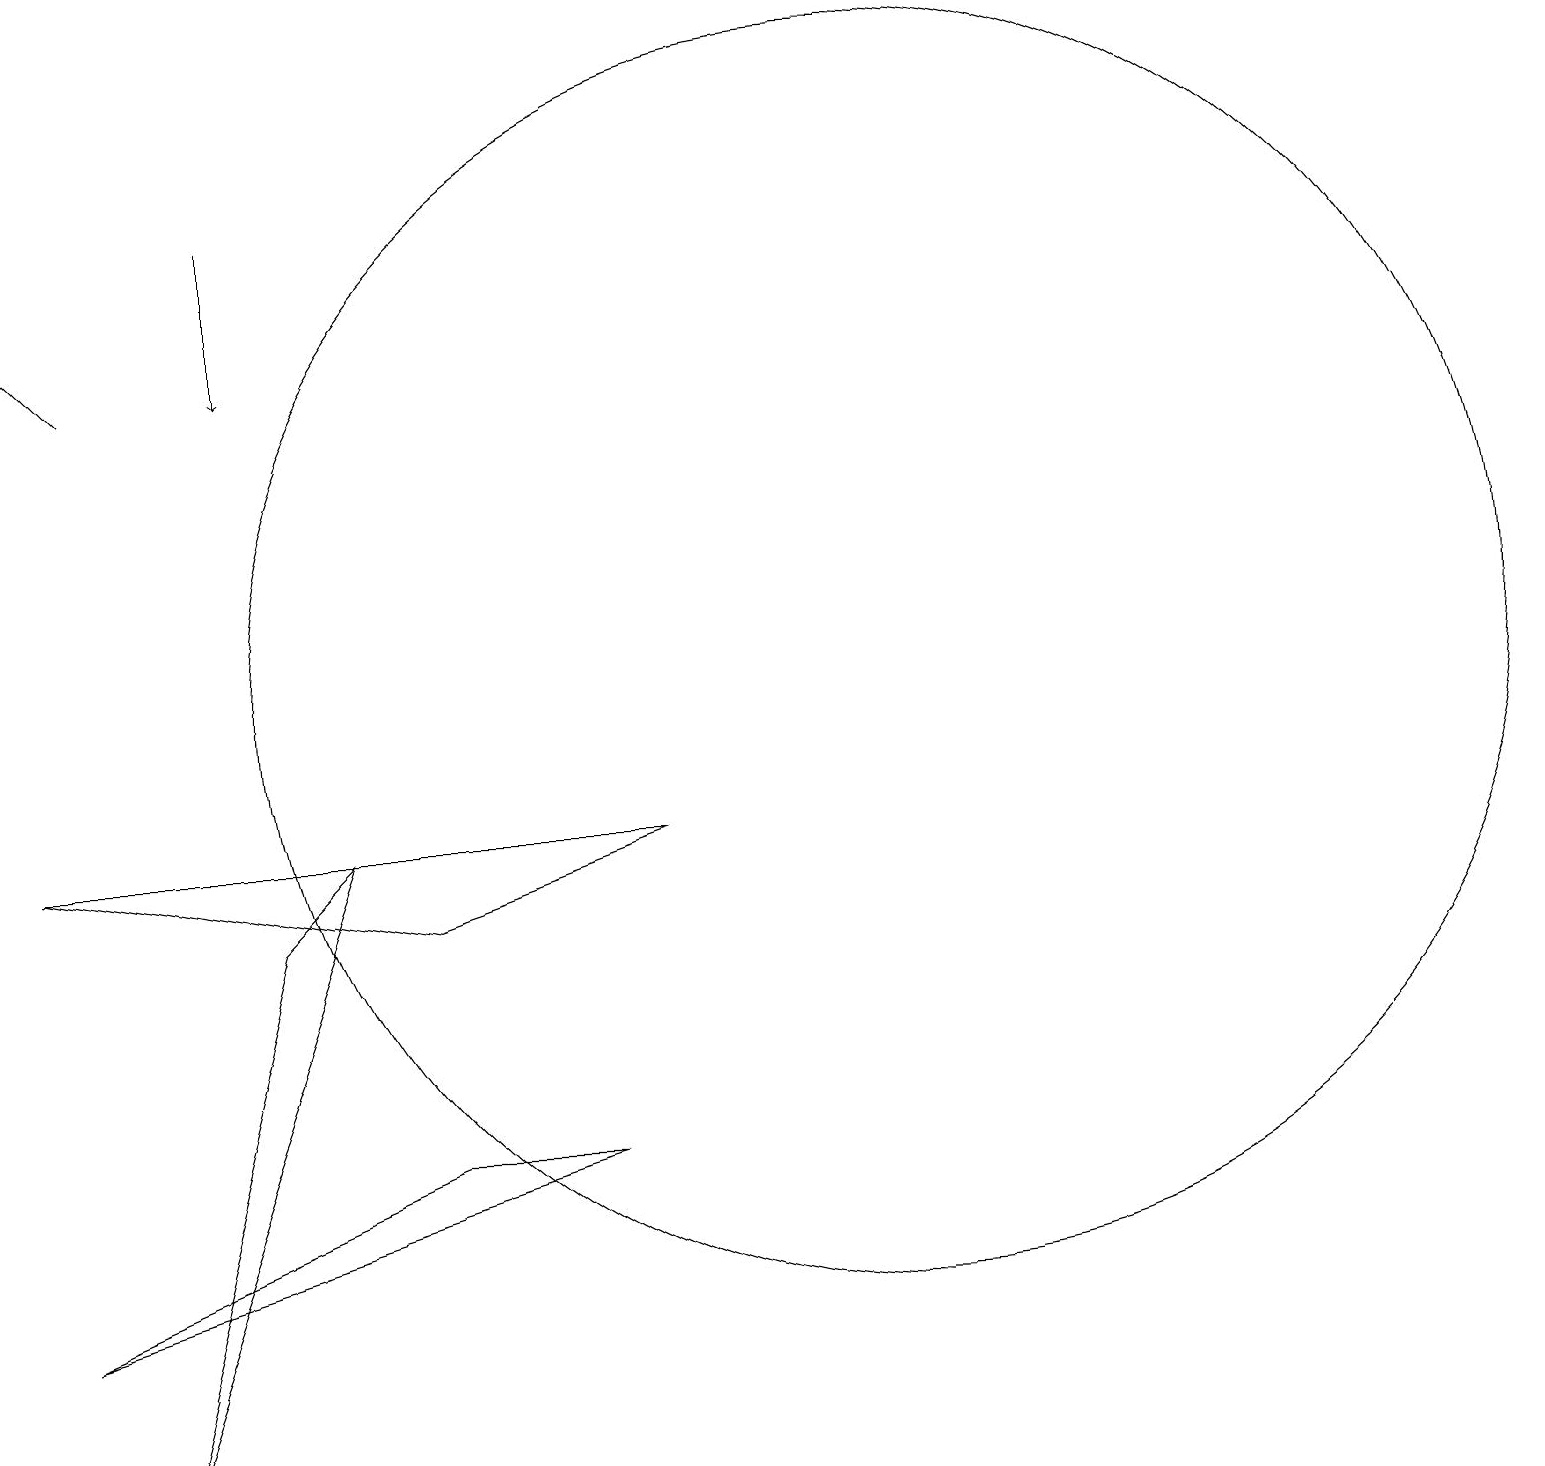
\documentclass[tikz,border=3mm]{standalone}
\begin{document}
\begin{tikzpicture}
\draw (5,5) -- (7,5) -- (0,3) -- cycle;
\draw (8,9) -- (5,8) -- (0,9) -- cycle;
\draw[->] (1,15) -- (0,16);
\draw[->] (3,17) -- (3,15);
\draw (11,11) circle (8);
\draw (3,8) -- (4,9) -- (1,1) -- cycle;
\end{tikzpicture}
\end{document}